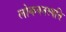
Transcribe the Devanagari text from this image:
लोकवनस्पति